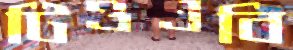
টিওএবি